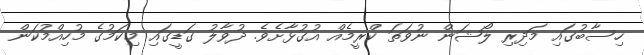
ހިސާބުގައި މަދިރި ލޯޝަން ނުވަތަ ކްރީމެއް އުގުޅާށެވެ. ދުވާލު ގަޑީގައި މިކަމުގެ މުހިއްމުކަން